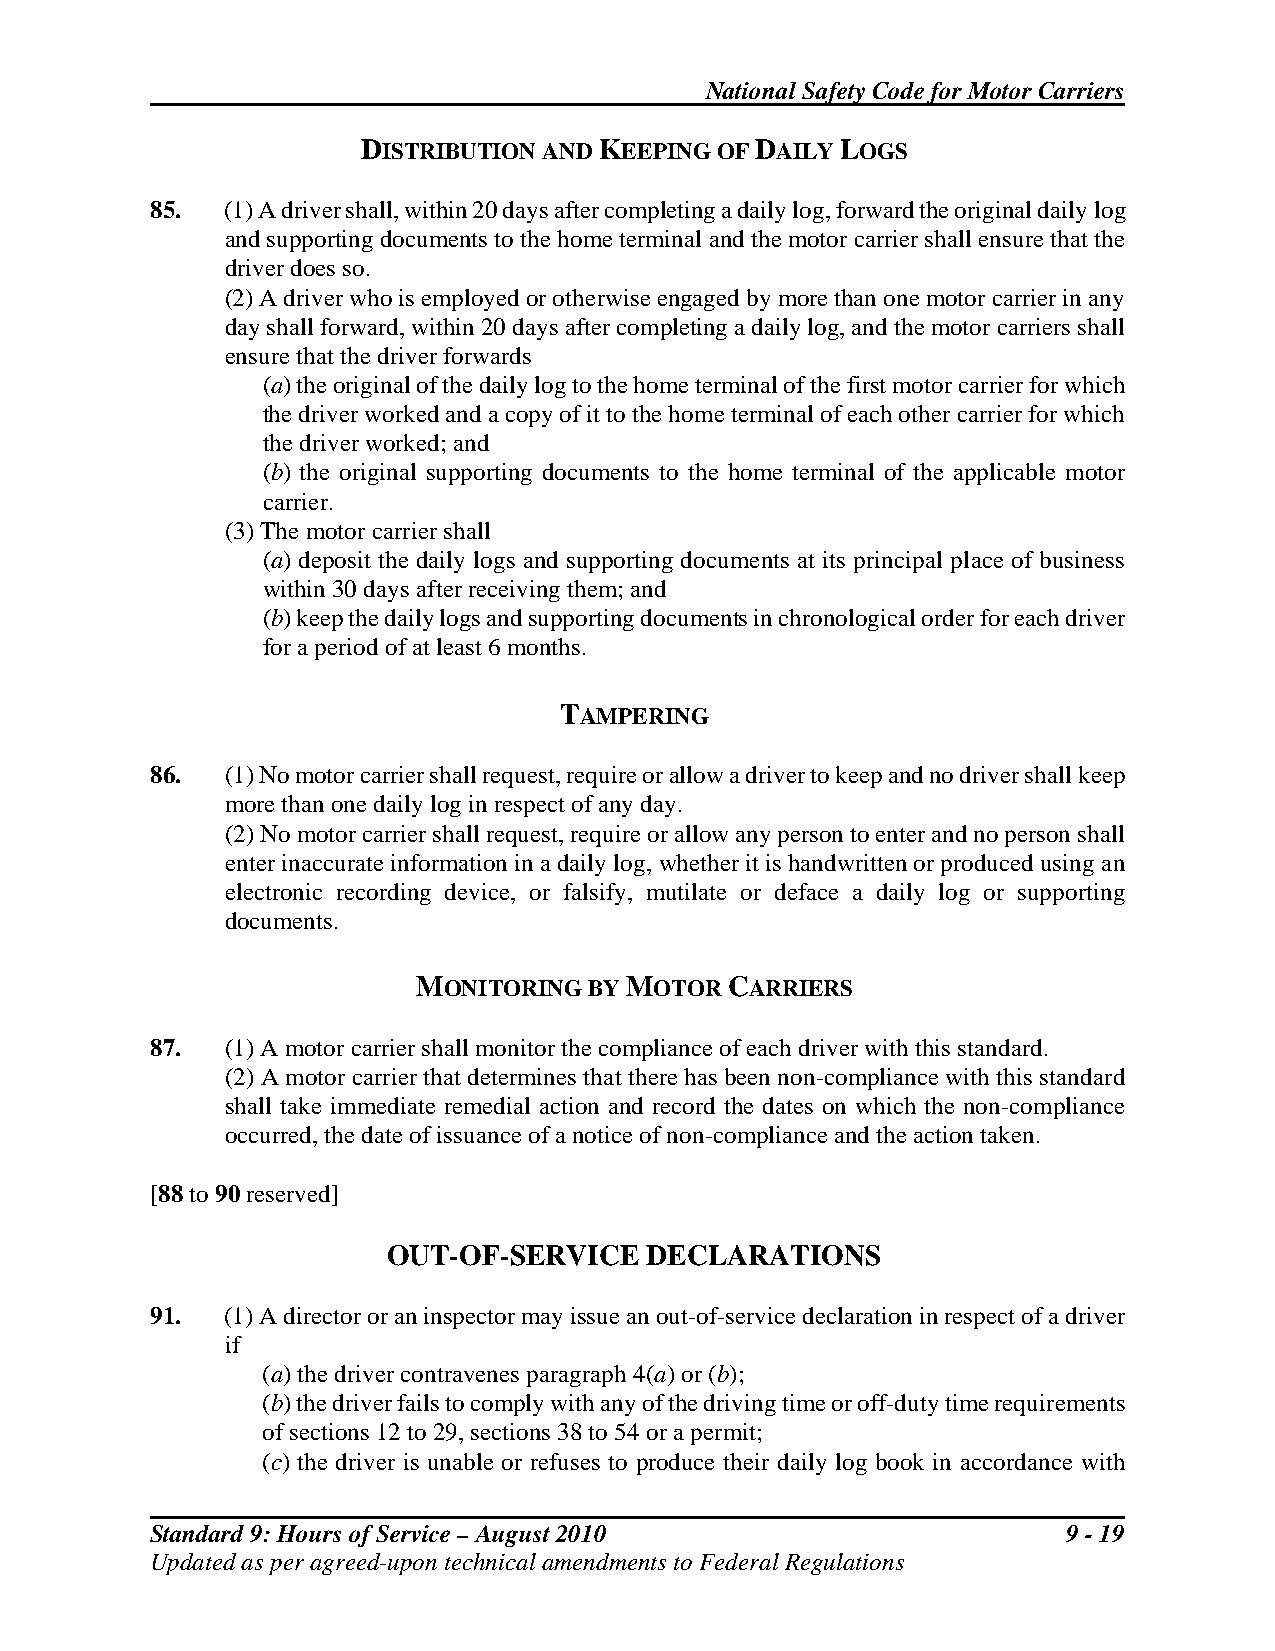
National Safety Code for Motor Carriers
 DISTRIBUTION AND KEEPING OF DAILY LOGS
 85.  (1) A driver shall, within 20 days after completing a daily log, forward the original daily log
 and supporting documents to the home terminal and the motor carrier shall ensure that the
 driver does so.
 (2) A driver who is employed or otherwise engaged by more than one motor carrier in any
 day shall forward, within 20 days after completing a daily log, and the motor carriers shall
 ensure that the driver forwards
 (a) the original of the daily log to the home terminal of the first motor carrier for which
 the driver worked and a copy of it to the home terminal of each other carrier for which
 the driver worked; and
 (b) the original supporting documents to the home terminal of the applicable motor
 carrier.
 (3) The motor carrier shall
 (a) deposit the daily logs and supporting documents at its principal place of business
 within 30 days after receiving them; and
 (b) keep the daily logs and supporting documents in chronological order for each driver
 for a period of at least 6 months.
 TAMPERING
 86.  (1) No motor carrier shall request, require or allow a driver to keep and no driver shall keep
 more than one daily log in respect of any day.
 (2) No motor carrier shall request, require or allow any person to enter and no person shall
 enter inaccurate information in a daily log, whether it is handwritten or produced using an
 electronic recording device, or falsify, mutilate or deface a daily log or supporting
 documents.
 MONITORING BY MOTOR CARRIERS
 87.  (1) A motor carrier shall monitor the compliance of each driver with this standard.
 (2) A motor carrier that determines that there has been non-compliance with this standard
 shall take immediate remedial action and record the dates on which the non-compliance
 occurred, the date of issuance of a notice of non-compliance and the action taken.
 [88 to 90 reserved]
 OUT-OF-SERVICE   DECLARATIONS
 91.  (1) A director or an inspector may issue an out-of-service declaration in respect of a driver
 if
 (a) the driver contravenes paragraph 4(a) or (b);
 (b) the driver fails to comply with any of the driving time or off-duty time requirements
 of sections 12 to 29, sections 38 to 54 or a permit;
 (c) the driver is unable or refuses to produce their daily log book in accordance with
 Standard 9: Hours of Service – August 2010                   9 - 19
 Updated as per agreed-upon technical amendments to Federal Regulations